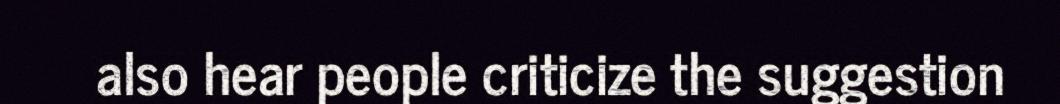
also hear people criticize the suggestion